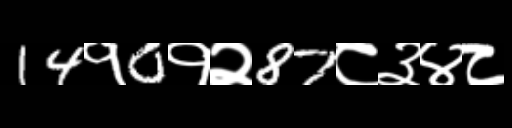
Text: 14१0१२87८३४८